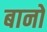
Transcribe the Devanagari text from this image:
बानों